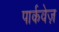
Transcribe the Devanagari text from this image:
पार्कवेज़